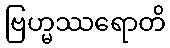
ဗြဟ္မဿရောတိ